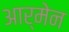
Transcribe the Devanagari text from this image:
आर्मेन